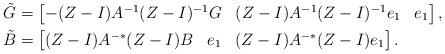
LaTeX: \begin{align*} \tilde{G} & = \begin{bmatrix} -(Z-I) A^{-1} (Z-I)^{-1} G & (Z-I) A^{-1} (Z-I)^{-1} e_1 & e_1 \end{bmatrix},\\ \tilde{B} & = \begin{bmatrix} (Z-I) A^{-*} (Z-I) B & e_1 & (Z-I) A^{-*} (Z-I) e_1 \end{bmatrix}.\end{align*}